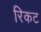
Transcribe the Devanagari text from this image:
रिकट